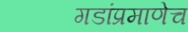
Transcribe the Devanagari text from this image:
गडांप्रमाणेच